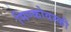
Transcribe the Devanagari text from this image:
मिण्कोवस्की